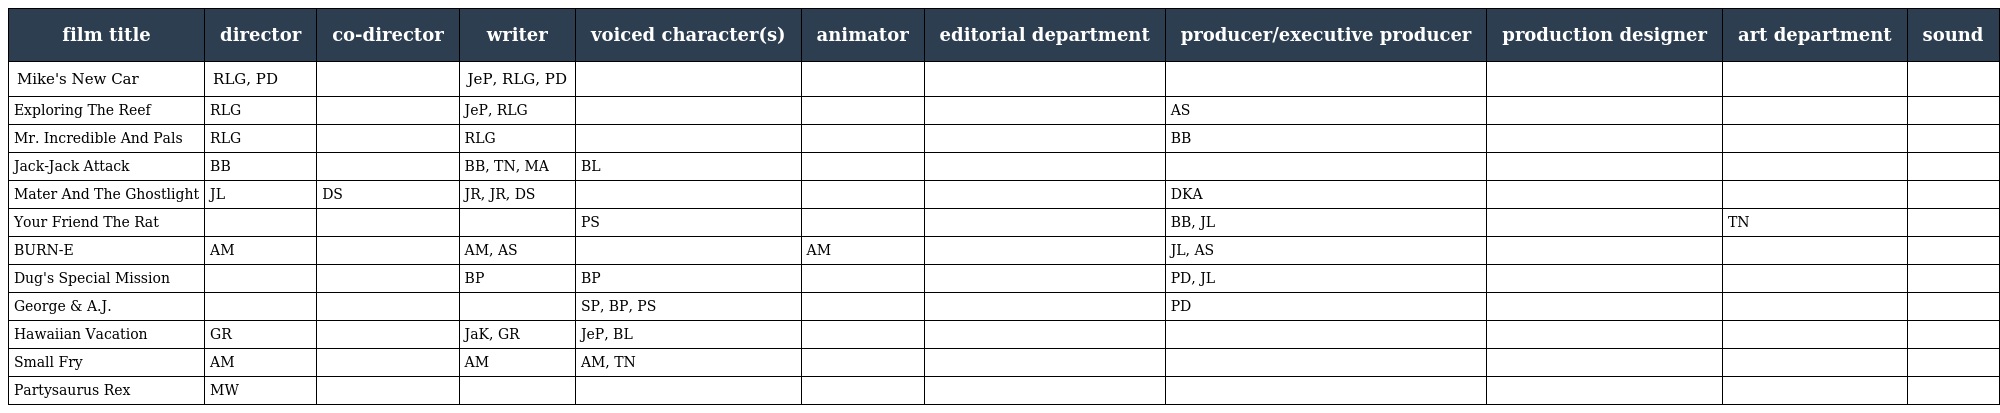
| film title | director | co-director | writer | voiced character(s) | animator | editorial department | producer/executive producer | production designer | art department | sound |
 | --- | --- | --- | --- | --- | --- | --- | --- | --- | --- | --- |
 | Mike's New Car | RLG, PD |  | JeP, RLG, PD |  |  |  |  |  |  |  |
 | Exploring The Reef | RLG |  | JeP, RLG |  |  |  | AS |  |  |  |
 | Mr. Incredible And Pals | RLG |  | RLG |  |  |  | BB |  |  |  |
 | Jack-Jack Attack | BB |  | BB, TN, MA | BL |  |  |  |  |  |  |
 | Mater And The Ghostlight | JL | DS | JR, JR, DS |  |  |  | DKA |  |  |  |
 | Your Friend The Rat |  |  |  | PS |  |  | BB, JL |  | TN |  |
 | BURN-E | AM |  | AM, AS |  | AM |  | JL, AS |  |  |  |
 | Dug's Special Mission |  |  | BP | BP |  |  | PD, JL |  |  |  |
 | George & A.J. |  |  |  | SP, BP, PS |  |  | PD |  |  |  |
 | Hawaiian Vacation | GR |  | JaK, GR | JeP, BL |  |  |  |  |  |  |
 | Small Fry | AM |  | AM | AM, TN |  |  |  |  |  |  |
 | Partysaurus Rex | MW |  |  |  |  |  |  |  |  |  |